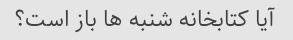
آیا کتابخانه شنبه ها باز است؟